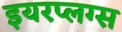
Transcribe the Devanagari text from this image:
इयरप्लग्स